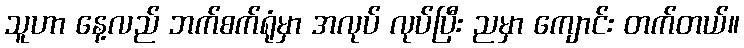
သူဟာ နေ့လည် ဘက်စက်ရုံမှာ အလုပ် လုပ်ပြီး ညမှာ ကျောင်း တက်တယ်။